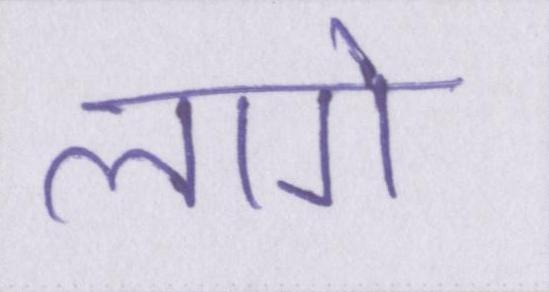
लागे